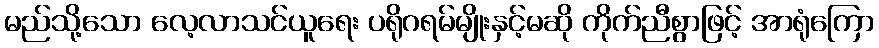
မည်သို့သော လေ့လာသင်ယူရေး ပရိုဂရမ်မျိုးနှင့်မဆို ကိုက်ညီစွာဖြင့် အာရုံကြော